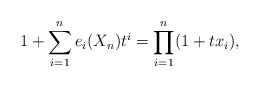
\begin{gather*} 1+\sum_{i=1}^{n} e_i(X_n) t^{i}=\prod_{i=1}^{n} (1+t x_i), \end{gather*}